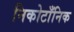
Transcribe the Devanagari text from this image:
निकोटाँनिक